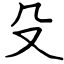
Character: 殳